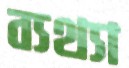
ব্যথ্যা